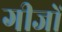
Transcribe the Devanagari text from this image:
गीजों